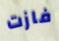
فازت